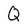
Character: Q